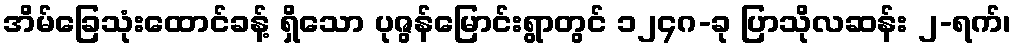
အိမ်ခြေသုံးထောင်ခန့် ရှိသော ပုဇွန်မြောင်းရွာတွင် ၁၂၄ဂ-ခု ပြာသိုလဆန်း ၂-ရက်၊